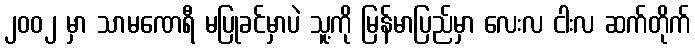
၂၀၀၂ မှာ သာမဏေရီ မပြုခင်မှာပဲ သူ့ကို မြန်မာပြည်မှာ လေးလ ငါးလ ဆက်တိုက်